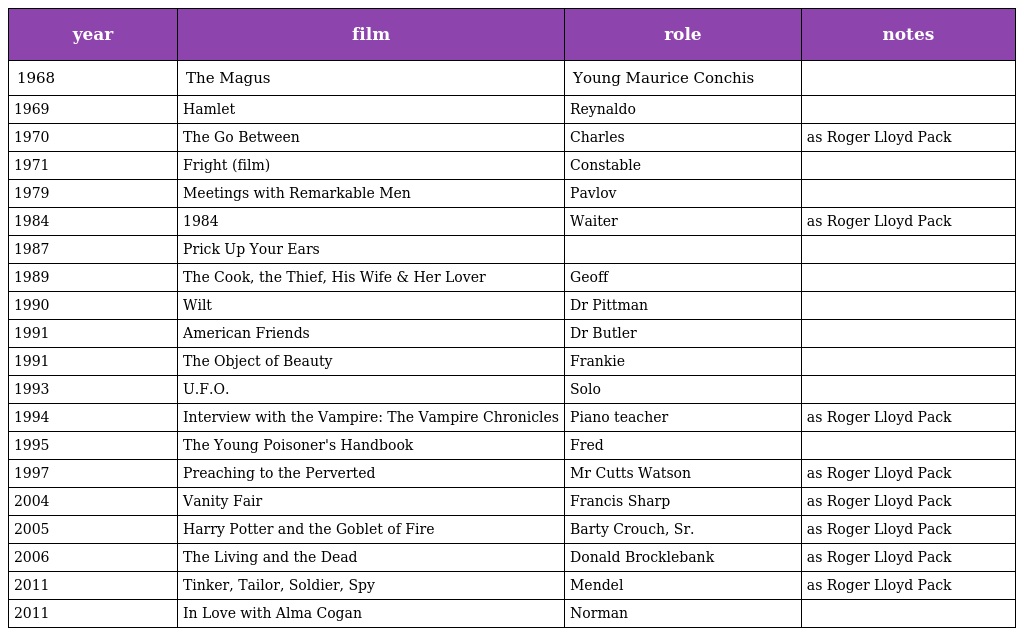
| year | film | role | notes |
 | --- | --- | --- | --- |
 | 1968 | The Magus | Young Maurice Conchis |  |
 | 1969 | Hamlet | Reynaldo |  |
 | 1970 | The Go Between | Charles | as Roger Lloyd Pack |
 | 1971 | Fright (film) | Constable |  |
 | 1979 | Meetings with Remarkable Men | Pavlov |  |
 | 1984 | 1984 | Waiter | as Roger Lloyd Pack |
 | 1987 | Prick Up Your Ears |  |  |
 | 1989 | The Cook, the Thief, His Wife & Her Lover | Geoff |  |
 | 1990 | Wilt | Dr Pittman |  |
 | 1991 | American Friends | Dr Butler |  |
 | 1991 | The Object of Beauty | Frankie |  |
 | 1993 | U.F.O. | Solo |  |
 | 1994 | Interview with the Vampire: The Vampire Chronicles | Piano teacher | as Roger Lloyd Pack |
 | 1995 | The Young Poisoner's Handbook | Fred |  |
 | 1997 | Preaching to the Perverted | Mr Cutts Watson | as Roger Lloyd Pack |
 | 2004 | Vanity Fair | Francis Sharp | as Roger Lloyd Pack |
 | 2005 | Harry Potter and the Goblet of Fire | Barty Crouch, Sr. | as Roger Lloyd Pack |
 | 2006 | The Living and the Dead | Donald Brocklebank | as Roger Lloyd Pack |
 | 2011 | Tinker, Tailor, Soldier, Spy | Mendel | as Roger Lloyd Pack |
 | 2011 | In Love with Alma Cogan | Norman |  |